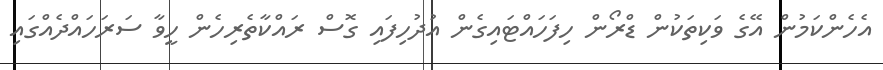
އެހެންކަމުން އޭގެ ވަކިތަކުން ޑްރޯން ހިފަހައްޓައިގެން އުދުހިފައި ގޮސް ރައްކާތެރިހެން ހީވާ ސަރަހައްދެއްގައި